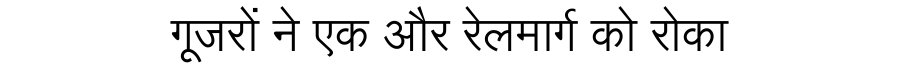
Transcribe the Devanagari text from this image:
गूजरों ने एक और रेलमार्ग को रोका